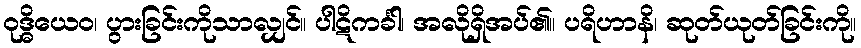
ဝုဒ္ဓိယေဝ၊ ပွားခြင်းကိုသာလျှင်။ ပါဋိကင်္ခါ၊ အလိုရှိအပ်၏။ ပရိဟာနိ၊ ဆုတ်ယုတ်ခြင်းကို။